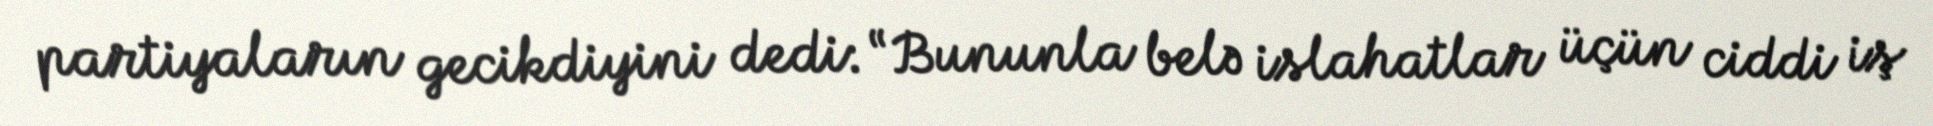
partiyaların gecikdiyini dedi: “Bununla belə islahatlar üçün ciddi iş